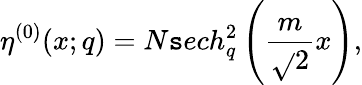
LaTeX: \eta^{(0)}(x;q)=N\mathtt{s}ech_{q}^{2}\left(\frac{{m}}{{\sqrt{}{2}}}x\right),